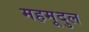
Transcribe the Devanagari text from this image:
महमूदुल